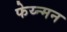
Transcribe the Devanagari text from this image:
फेय्न्मन